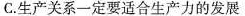
C.生产关系一定要适合生产力的发展